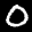
Label: 0